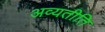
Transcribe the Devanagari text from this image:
अव्यतीति